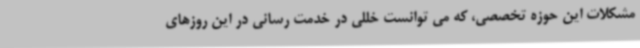
مشکلات این حوزه تخصصی، که می توانست خللی در خدمت رسانی در این روزهای